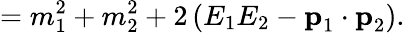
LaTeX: =m_{1}^{2}+m_{2}^{2}+2\left(E_{1}E_{2}-{\textbf{p}}_{1}\cdot{\textbf{p}}_{2}\right).